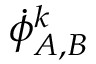
\dot { \phi } _ { A , B } ^ { k }